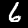
Digit: 6